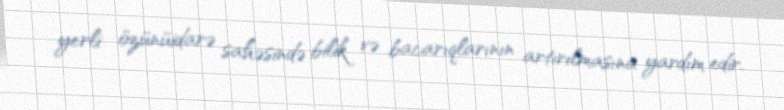
yerli özünüidarə sahəsində bilik və bacarıqlarının artırılmasına yardım edir.